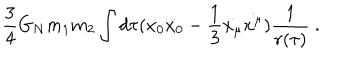
{ \frac { 3 } { 4 } } G _ { N } m _ { 1 } m _ { 2 } \int d \tau ( \dot { x _ { 0 } } \dot { x _ { 0 } } - { \frac { 1 } { 3 } } \dot { x _ { \mu } } \dot { x ^ { \mu } } ) { \frac { 1 } { r ( \tau ) } } ~ .